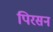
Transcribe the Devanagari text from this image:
पिरसन